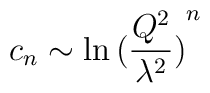
c_n \sim \ln{(\frac{Q^{2}}{\lambda^{2}})}^{n}